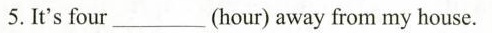
5. It's four___(hour) away from my house.